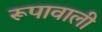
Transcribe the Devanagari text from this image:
रूपावाली